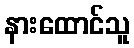
နားထောင်သူ